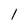
Character: 1